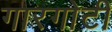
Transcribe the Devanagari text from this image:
गारगाेटी